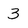
Character: 3